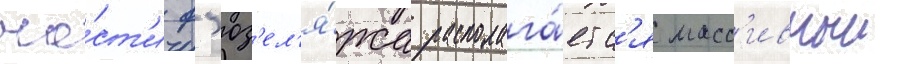
ча́ст'и ф'юз'ел'я́жа располага́етс'я масс'ивныи